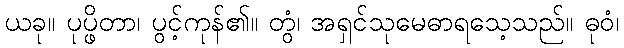
ယခု။ ပုပ္ဖိတာ၊ ပွင့်ကုန်၏။ တွံ၊ အရှင်သုမေဓာရသေ့သည်။ ဓုဝံ၊